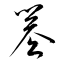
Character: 簒